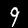
Label: 9